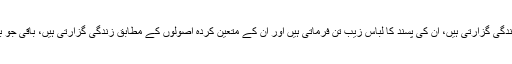
صرف ان کا جو ان کے بنائے کسی معیار کے مطابق زندگی گزارتی ہیں، ان کی پسند کا لباس زیب تن فرماتی ہیں اور ان کے متعین کردہ اصولوں کے مطابق زندگی گزارتی ہیں، باقی جو بھی ذرا ہٹ کر چلے وہ کیا ہے، یہ بتانا کچھ مشکل نہیں۔